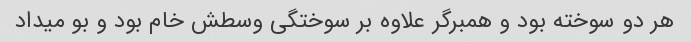
هر دو سوخته بود و همبرگر علاوه بر سوختگی وسطش خام بود و بو میداد